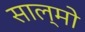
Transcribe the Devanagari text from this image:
साल्मो